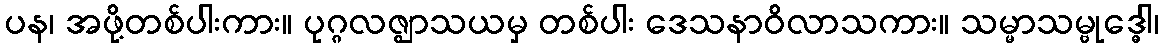
ပန၊ အဖို့တစ်ပါးကား။ ပုဂ္ဂလဇ္ဈာသယမှ တစ်ပါး ဒေသနာဝိလာသကား။ သမ္မာသမ္ဗုဒ္ဓေါ၊